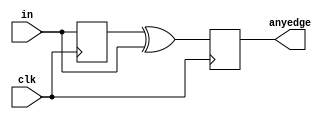
module top_module (
    input clk,
    input [7:0] in,
    output [7:0] anyedge
);
    reg [7:0] past;
    always @(posedge clk) begin
        past <= in;
        anyedge <= past ^ in;
    end
endmodule